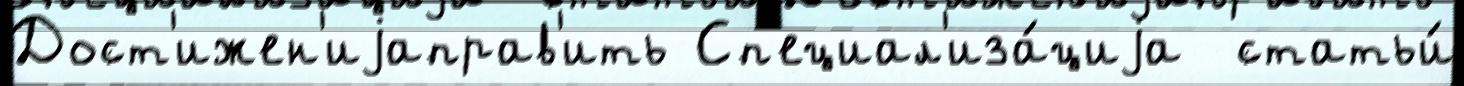
Дост'ижен'иjаправ'ить Сп'ециал'иза́циjа  статьи́